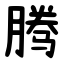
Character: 腾